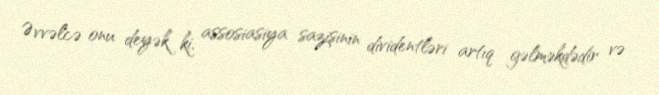
Əvvəlcə onu deyək ki, assosiasiya sazişinin dividentləri artıq gəlməkdədir və